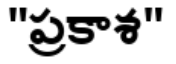
"ప్రకాశ"